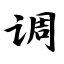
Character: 调